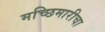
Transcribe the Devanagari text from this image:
मच्छिमारीचा